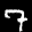
Label: 7